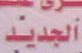
ألجديد